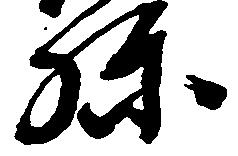
弥